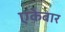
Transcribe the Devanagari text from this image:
एकेबार